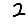
Digit: 2